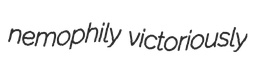
nemophily victoriously